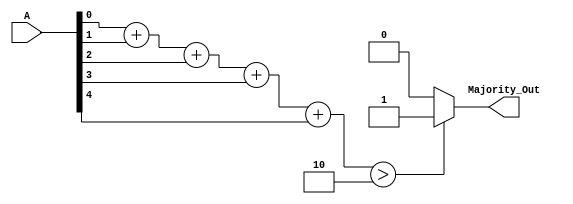
module MajorityVotingDetector (
    input  [4:0] A,               // 5 input signals
    output reg Majority_Out        // Majority output
);

    // Internal registers to count the number of 1s
    integer count_ones;
    
    always @(*) begin
        count_ones = 0; // Reset count

        // Count the number of 1s in the input signals
        count_ones = A[0] + A[1] + A[2] + A[3] + A[4];

        // Determine the majority output
        if (count_ones > 2) begin // For N = 5, majority > 5/2 = 2
            Majority_Out = 1'b1;
        end else begin
            Majority_Out = 1'b0;
        end
    end

endmodule